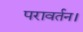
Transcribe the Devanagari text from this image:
परावर्तन।